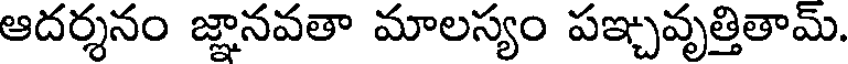
ఆదర్శనం జ్ఞానవతా మాలస్యం పఞ్చవృత్తితామ్.